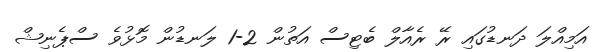
އަމިއްލަ ދަނޑުގައި ރޭ ރެއާލް ބެޓިސް އަތުން 2-1 ލަނޑުން މޮޅުވެ ސްޕެނިޝް